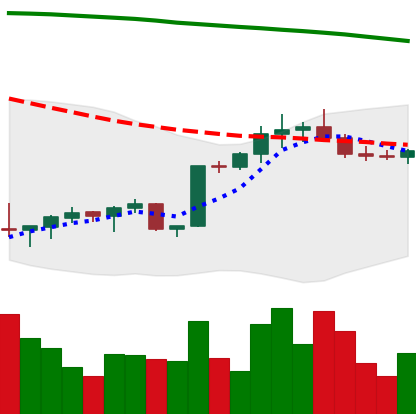
Ticker: BTC-USD
Chart end date: 2022-02-14
Forward return: -5.788%
Label: down_5_7